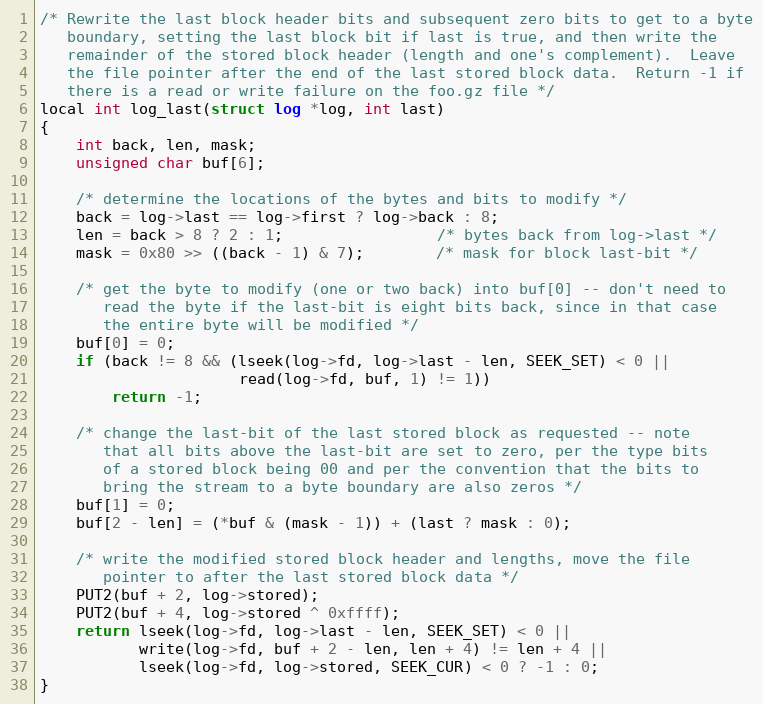
Language: C
/* Rewrite the last block header bits and subsequent zero bits to get to a byte
   boundary, setting the last block bit if last is true, and then write the
   remainder of the stored block header (length and one's complement).  Leave
   the file pointer after the end of the last stored block data.  Return -1 if
   there is a read or write failure on the foo.gz file */
local int log_last(struct log *log, int last)
{
    int back, len, mask;
    unsigned char buf[6];

    /* determine the locations of the bytes and bits to modify */
    back = log->last == log->first ? log->back : 8;
    len = back > 8 ? 2 : 1;                 /* bytes back from log->last */
    mask = 0x80 >> ((back - 1) & 7);        /* mask for block last-bit */

    /* get the byte to modify (one or two back) into buf[0] -- don't need to
       read the byte if the last-bit is eight bits back, since in that case
       the entire byte will be modified */
    buf[0] = 0;
    if (back != 8 && (lseek(log->fd, log->last - len, SEEK_SET) < 0 ||
                      read(log->fd, buf, 1) != 1))
        return -1;

    /* change the last-bit of the last stored block as requested -- note
       that all bits above the last-bit are set to zero, per the type bits
       of a stored block being 00 and per the convention that the bits to
       bring the stream to a byte boundary are also zeros */
    buf[1] = 0;
    buf[2 - len] = (*buf & (mask - 1)) + (last ? mask : 0);

    /* write the modified stored block header and lengths, move the file
       pointer to after the last stored block data */
    PUT2(buf + 2, log->stored);
    PUT2(buf + 4, log->stored ^ 0xffff);
    return lseek(log->fd, log->last - len, SEEK_SET) < 0 ||
           write(log->fd, buf + 2 - len, len + 4) != len + 4 ||
           lseek(log->fd, log->stored, SEEK_CUR) < 0 ? -1 : 0;
}